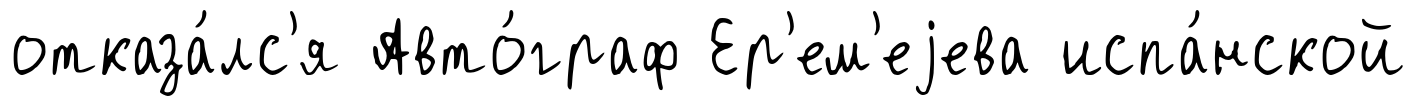
отказа́лс'я Авто́граф Ер'ем'еjева испа́нской